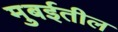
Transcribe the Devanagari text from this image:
मुबईतील